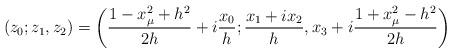
LaTeX: \begin{align*}(z_0;z_1,z_2)=\left({1-x_{\mu}^2+h^2\over 2h}+i{x_0\over h};{x_1+ix_2\over h}, x_3+i{1+x_{\mu}^2-h^2\over 2h}\right)\end{align*}